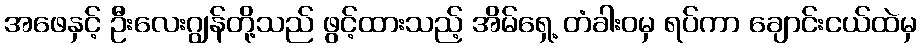
အဖေနှင့် ဦးလေးဂျွန်တို့သည် ဖွင့်ထားသည့် အိမ်ရှေ့ တံခါးဝမှ ရပ်ကာ ချောင်းငယ်ထဲမှ